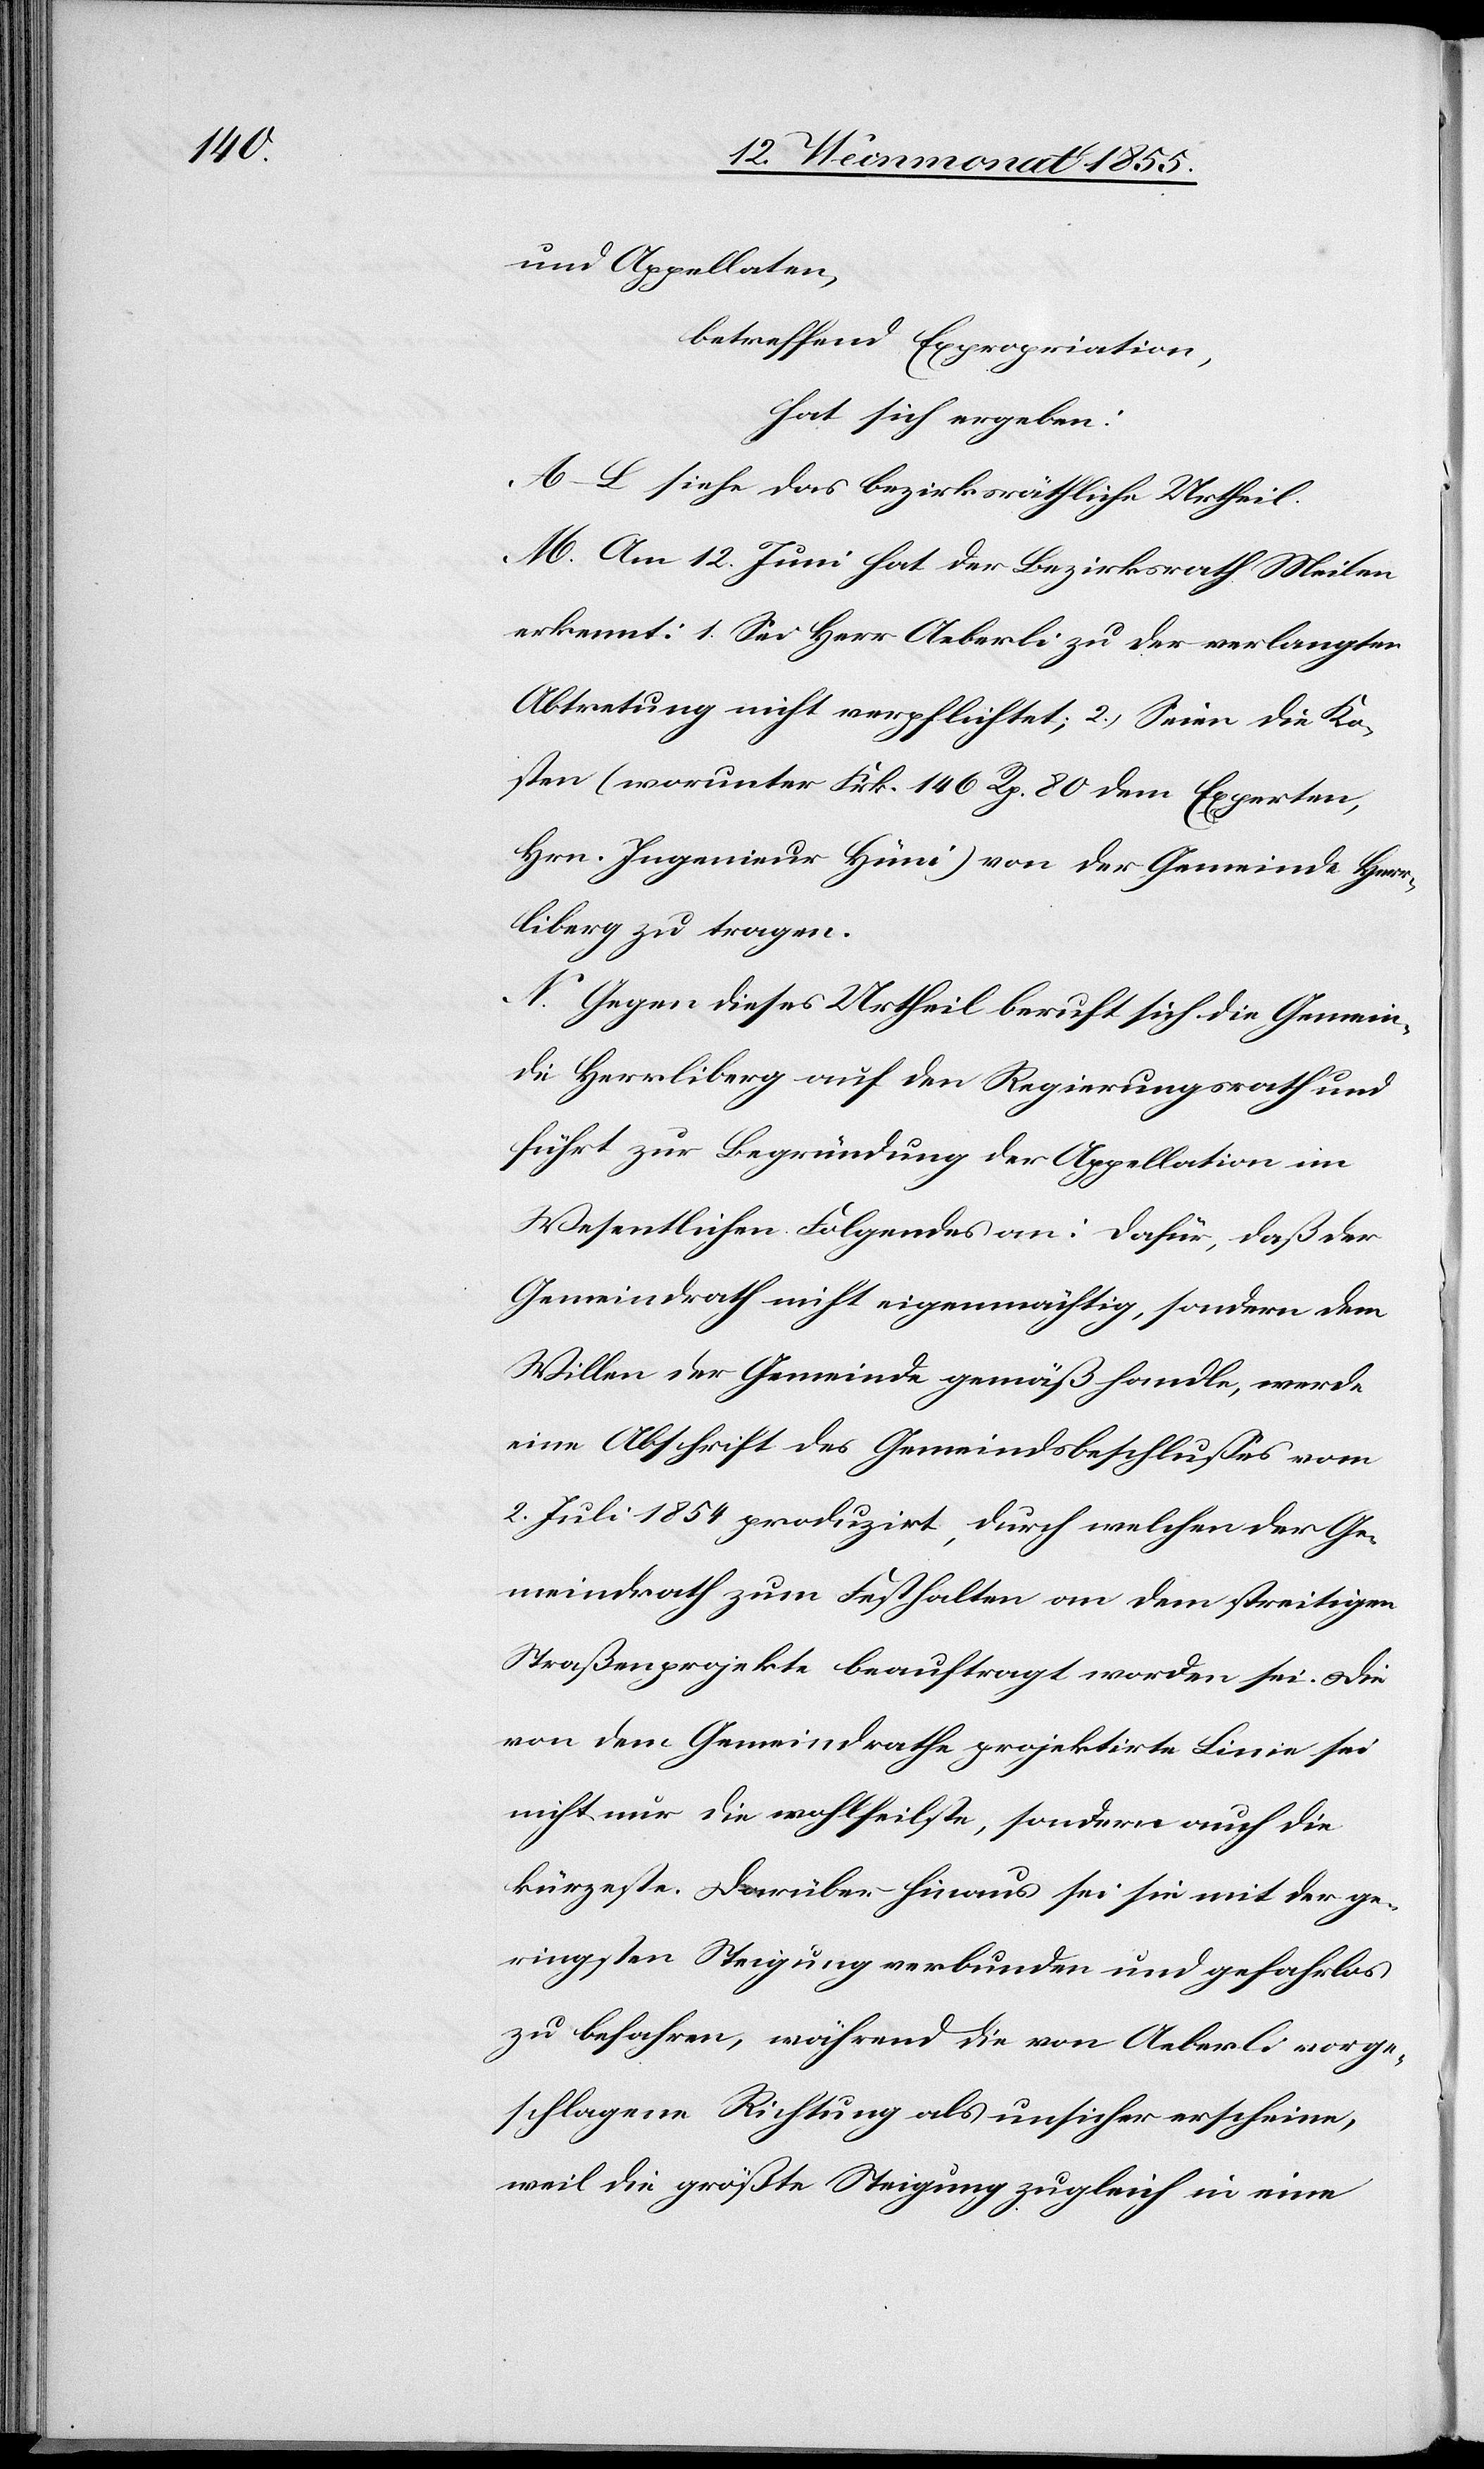
und Appellaten,
betreffend Expropriation,
hat sich ergeben:
A–L siehe das bezirksräthliche Urtheil.
M. Am 12. Juni hat der Bezirksrath Meilen
erkennt: 1. Sei Herr Aeberli zu der verlangten
Abtretung nicht verpflichtet; 2.) Seien die Ko¬
sten (worunter Frk. 146 Rp. 80 dem Experten,
Hrn. Ingenieur Hüni) von der Gemeinde Herr¬
liberg zu tragen.
N. Gegen dieses Urtheil beruft sich die Gemein¬
de Herrliberg auf den Regierungsrath und
führt zur Begründung der Appellation im
Wesentlichen Folgendes an: Dafür, daß der
Gemeindrath nicht eigenmächtig, sondern dem
Willen der Gemeinde gemäß handle, werde
eine Abschrift des Gemeindsbeschlusses vom
2. Juli 1854 produzirt, durch welchen der Ge¬
meindrath zum Festhalten an dem streitigen
Straßenprojekte beauftragt worden sei. Die
von dem Gemeindrathe projektirte Linie sei
nicht nur die wohlfeilste, sondern auch die
kürzeste. Darüber hinaus sei sie mit der ge¬
ringsten Steigung verbunden und gefahrlos
zu befahren, während die von Aeberli vorge¬
schlagene Richtung als unsicher erscheine,
weil die größte Steigung zugleich in eine